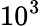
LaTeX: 10^{3}